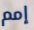
إمم